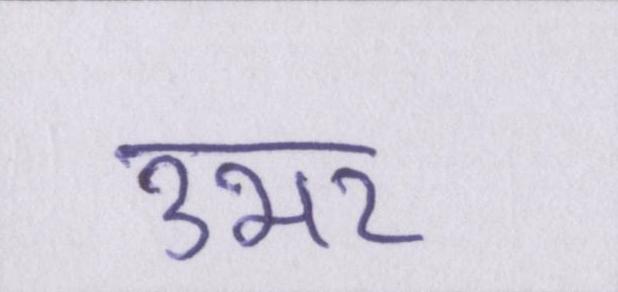
उभर